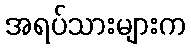
အရပ်သားများက